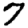
Digit: 7